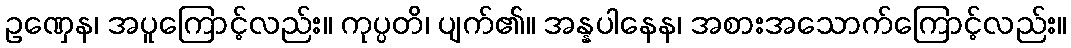
ဥဏှေန၊ အပူကြောင့်လည်း။ ကုပ္ပတိ၊ ပျက်၏။ အန္နပါနေန၊ အစားအသောက်ကြောင့်လည်း။